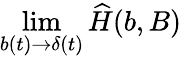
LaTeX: \operatorname*{lim}_{b(t)\to\delta(t)}{\widehat H}(b,B)